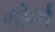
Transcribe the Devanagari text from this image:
मोर्गा